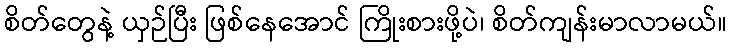
စိတ်တွေနဲ့ ယှဉ်ပြီး ဖြစ်နေအောင် ကြိုးစားဖို့ပဲ၊ စိတ်ကျန်းမာလာမယ်။